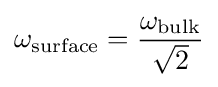
\omega _{\text{surface}}={\frac {\omega _{\text{bulk}}}{\sqrt {2}}}